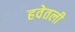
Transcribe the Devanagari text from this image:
हवेतली